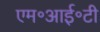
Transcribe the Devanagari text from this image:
एम॰आई॰टी